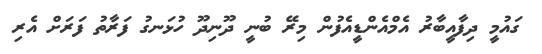
ގައުމީ ދިފާއީބާރު އެމްއެންޑީއެފުން މިރޭ ބުނީ ދޫނިދޫ ހުޅަނގު ފަރާތު ފަރަށް އެރި